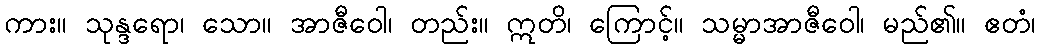
ကား။ သုန္ဒရော၊ သော။ အာဇီဝေါ၊ တည်း။ ဣတိ၊ ကြောင့်။ သမ္မာအာဇီဝေါ၊ မည်၏။ ဧတံ၊